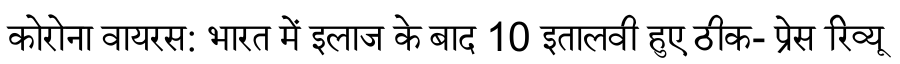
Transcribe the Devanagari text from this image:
कोरोना वायरस: भारत में इलाज के बाद 10 इतालवी हुए ठीक- प्रेस रिव्यू